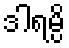
ဒါရမ္ပိ